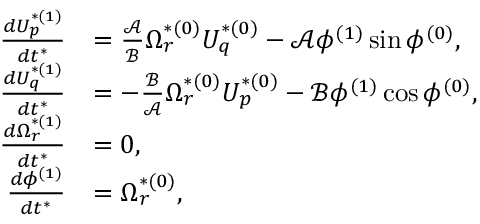
\begin{array} { r l } { \frac { d U _ { p } ^ { * ( 1 ) } } { d t ^ { * } } } & { = \frac { \mathcal { A } } { \mathcal { B } } \Omega _ { r } ^ { * ( 0 ) } U _ { q } ^ { * ( 0 ) } - \mathcal { A } \phi ^ { ( 1 ) } \sin \phi ^ { ( 0 ) } , } \\ { \frac { d U _ { q } ^ { * ( 1 ) } } { d t ^ { * } } } & { = - \frac { \mathcal { B } } { \mathcal { A } } \Omega _ { r } ^ { * ( 0 ) } U _ { p } ^ { * ( 0 ) } - \mathcal { B } \phi ^ { ( 1 ) } \cos \phi ^ { ( 0 ) } , } \\ { \frac { d \Omega _ { r } ^ { * ( 1 ) } } { d t ^ { * } } } & { = 0 , } \\ { \frac { d \phi ^ { ( 1 ) } } { d t ^ { * } } } & { = \Omega _ { r } ^ { * ( 0 ) } , } \end{array}